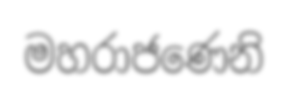
මහරාජණෙනි